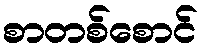
စာတစ်စောင်